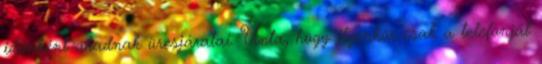
időnként akadnak üresjáratai. Unta, hogy ilyenkor csak a telefonját